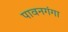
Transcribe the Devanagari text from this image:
पावनगंगा